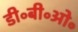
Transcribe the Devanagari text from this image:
डी॰बी॰ओ॰